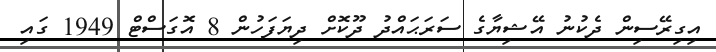
އިގިރޭސިން ދެކުނު އޭޝިޔާގެ ސަރަޙައްދު ދޫކޮށް ދިޔަފަހުން 8 އޮގަސްޓް 1949 ގައި